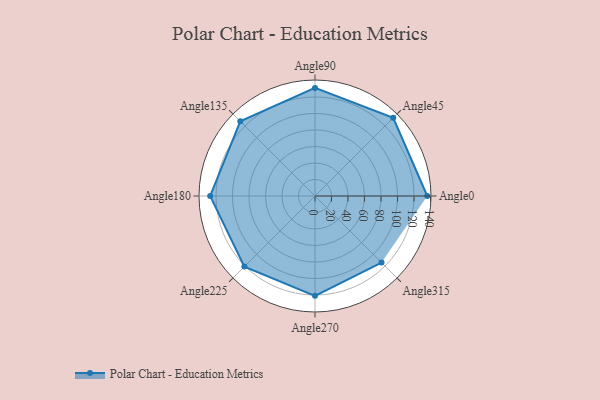
{"axis": {"x": "Angle", "y": "Radius"}, "legend": [""], "data": [{"x": "Angle0", "y": 136.0, "type": ""}, {"x": "Angle45", "y": 134.0, "type": ""}, {"x": "Angle90", "y": 131.0, "type": ""}, {"x": "Angle135", "y": 128.0, "type": ""}, {"x": "Angle180", "y": 127.0, "type": ""}, {"x": "Angle225", "y": 121.0, "type": ""}, {"x": "Angle270", "y": 121.0, "type": ""}, {"x": "Angle315", "y": 114.0, "type": ""}]}